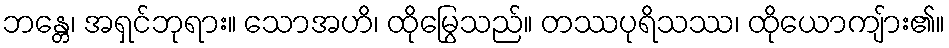
ဘန္တေ၊ အရှင်ဘုရား။ သောအဟိ၊ ထိုမြွေသည်။ တဿပုရိသဿ၊ ထိုယောကျ်ား၏။